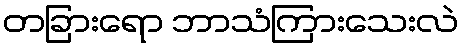
တခြားရော ဘာသံကြားသေးလဲ